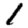
Digit: 1